Indian journal of veterinary science and animal husbandry - Volumes 28-29, 1958-1959
Year: 1958
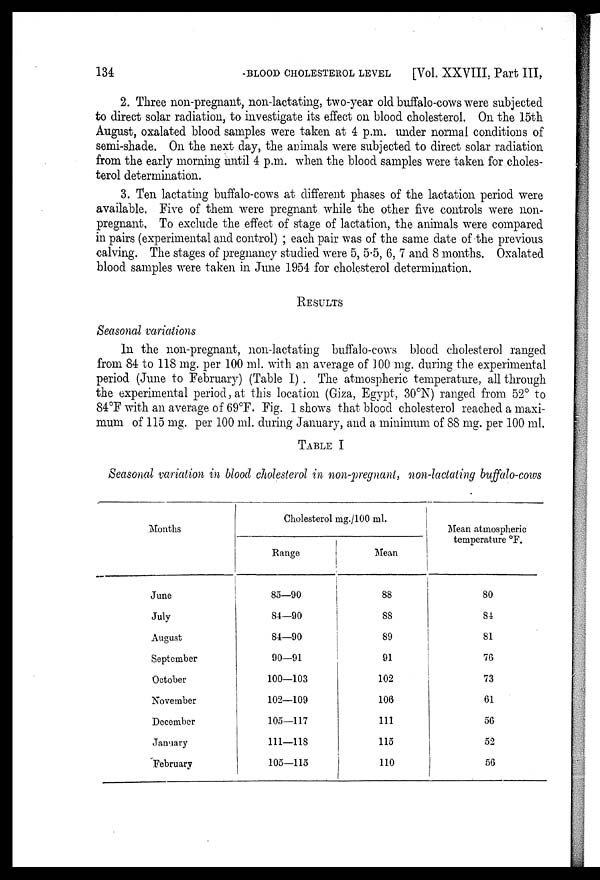
134
BLOOD
CHOLESTEROL
LEVEL
[Vol. XXVIII, Part III,
2. Three non-pregnant, non-lactating, two-year old buffalo-cows were subjected
to direct solar radiation, to investigate its effect on blood cholesterol. On the 15th
August, oxalated blood samples were taken at 4 p.m. under normal conditions of
semi-shade. On the next day, the animals were subjected to direct solar radiation
from the early morning until 4 p.m. when the blood samples were taken for choles-
terol determination.
3. Ten lactating buffalo-cows at different phases of the lactation period were
available. Five of them were pregnant while the other five controls were non-
pregnant. To exclude the effect of stage of lactation, the animals were compared
in pairs (experimental and control) ; each pair was of the same date of the previous
calving. The stages of pregnancy studied were 5, 5.5, 6, 7 and 8 months. Oxalated
blood samples were taken in June 1954 for cholesterol determination.
RESULTS
Seasonal variations
In the non-pregnant, non-lactating buffalo-cows blood cholesterol ranged
from 84 to 118 mg. per 100 ml. with an average of 100 mg. during the experimental
period (June to February) (Table I) . The atmospheric temperature, all through
the experimental period, at this location (Giza, Egypt, 30°N) ranged from 52° to
84°F with an average of 69°F. Fig. 1 shows that blood cholesterol reached a maxi-
mum of 115 mg. per 100 ml. during January, and a minimum of 88 mg. per 100 ml.
TABLE I
Seasonal variation in blood cholesterol in non-pregnant, non-lactating buffalo-cows
Months
June
July
August
September
October
November
December
January
February
Cholesterol mg./100 ml.
Range
85—90
84—90
84—90
90—91
100—103
102—109
105—117
111—118
105—115
Mean
88
88
89
91
102
106
111
115
110
Mean atmospheric
temperature °F.
80
84
81
76
73
61
56
52
56